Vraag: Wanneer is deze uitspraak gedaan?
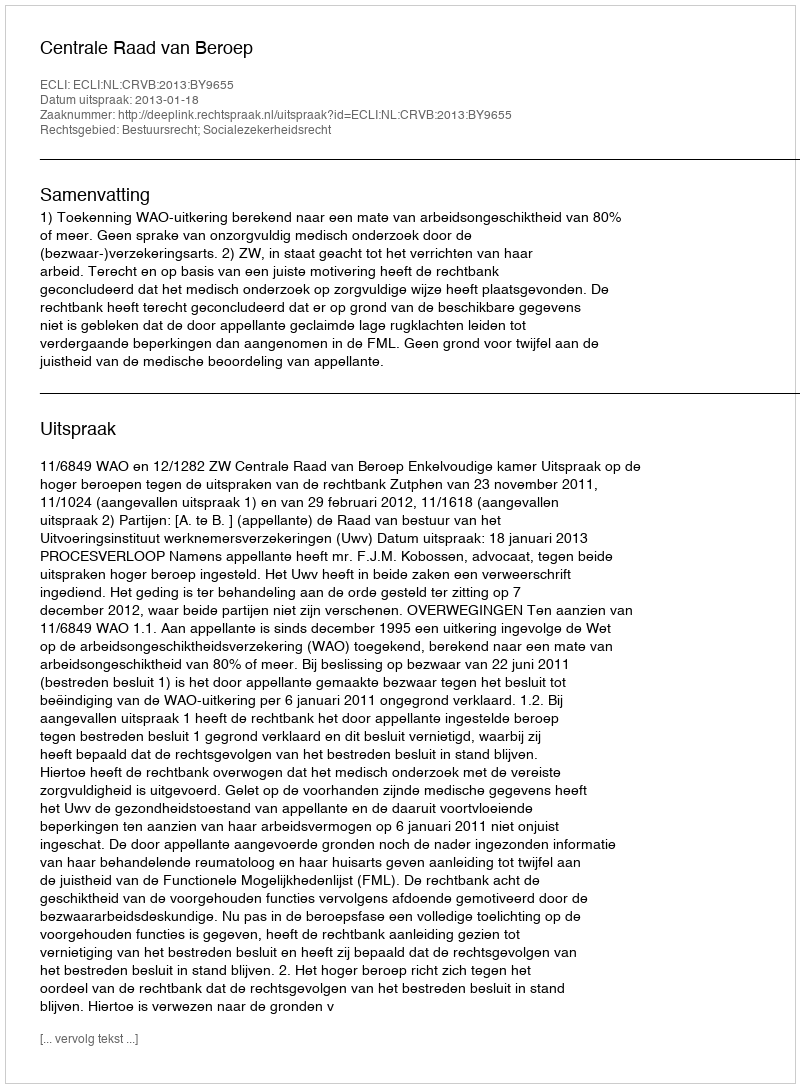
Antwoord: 2013-01-18